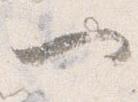
一